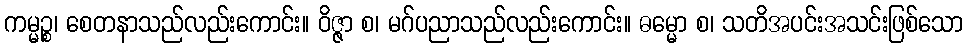
ကမ္မဉ္စ၊ စေတနာသည်လည်းကောင်း။ ဝိဇ္ဇာ စ၊ မဂ်ပညာသည်လည်းကောင်း။ ဓမ္မော စ၊ သတိအပင်းအသင်းဖြစ်သော